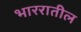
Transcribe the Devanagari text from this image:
भाररातील